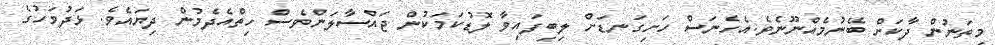
މިތަނުން ދާކަށް ބޭނުމެއްނޫނެވެ.އެހެނަސް ހަށިގަނޑަށް ލިބިފައިވާ ލޮޑުކަމަކުން ޖައްސާލަންވެސް ހިތްއެދެމުން ދިޔައެވެ. ޅަދުވަހުގެ